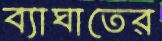
ব্যাঘাতের